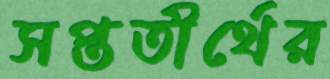
সপ্ততীর্থের